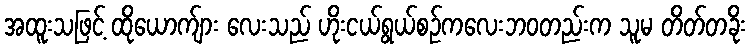
အထူးသဖြင့် ထိုယောက်ျား လေးသည် ဟိုးငယ်ရွယ်စဉ်ကလေးဘဝတည်းက သူမ တိတ်တခိုး